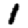
Digit: 1